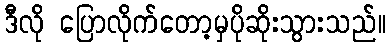
ဒီလို ပြောလိုက်တော့မှပိုဆိုးသွားသည်။